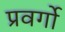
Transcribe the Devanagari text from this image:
प्रवर्गो